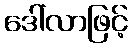
ဒေါ်လာဖြင့်